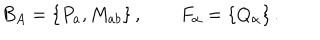
LaTeX: B _ { A } = \{ P _ { a } , M _ { a b } \} \, , \qquad F _ { \alpha } = \{ Q _ { \alpha } \} \, .